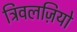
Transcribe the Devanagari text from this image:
ट्रिवलज़ियो